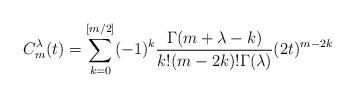
LaTeX: \begin{align*}C^{\lambda}_m(t)=\sum_{k=0}^{[m/2]}(-1)^k\frac{\Gamma(m+\lambda-k)}{k!(m-2k)!\Gamma(\lambda)}(2t)^{m-2k}\end{align*}